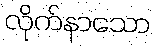
လိုက်နာသော